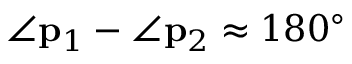
\angle { \bf p } _ { 1 } - \angle { \bf p } _ { 2 } \approx 1 8 0 ^ { \circ }